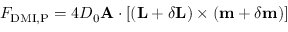
F _ { \mathrm { D M I , P } } = 4 D _ { 0 } \mathbf { A } \cdot \left[ \left( \mathbf { L } + \delta \mathbf { L } \right) \times \left( \mathbf { m } + \delta \mathbf { m } \right) \right]